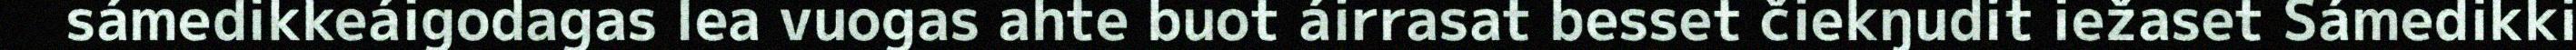
sámedikkeáigodagas lea vuogas ahte buot áirrasat besset čiekŋudit iežaset Sámedikki